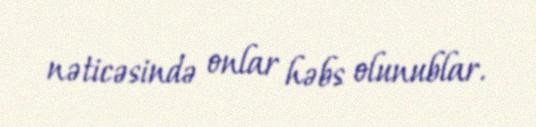
nəticəsində onlar həbs olunublar.